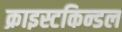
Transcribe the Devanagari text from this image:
क्राइस्टकिन्डल